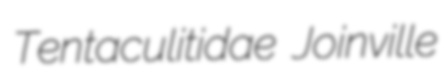
Tentaculitidae Joinville